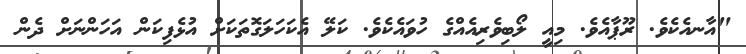
"އާނއެކެވެ. ރޫޕާއެވެ. މިއީ ލޯބިވެރިއެއްގެ ހުވައެކެވެ. ކަލޭ އެކަހަލަގޮތަކަށް އުޅެފިކަން އަހަންނަށް ދެން